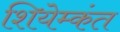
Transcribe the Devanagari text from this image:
शियेम्कंत